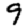
Digit: 9